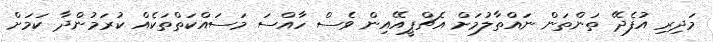
މަދިރި އުފެދޭ ތަންތަން ނައްތާލުމަށް އެޗްޕީއޭއިން ވެސް ހާއްސަ މަސައްކަތްތަކެއް ކުރަމުންދާ ކަމަށް